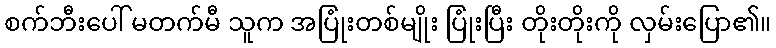
စက်ဘီးပေါ် မတက်မီ သူက အပြုံးတစ်မျိုး ပြုံးပြီး တိုးတိုးကို လှမ်းပြော၏။